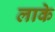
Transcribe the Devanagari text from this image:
लाके